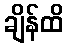
ချိန်ထိ